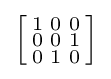
\left[{\begin{smallmatrix}1&0&0\\0&0&1\\0&1&0\\\end{smallmatrix}}\right]